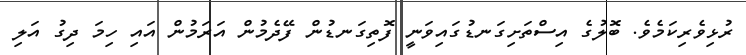
ރުޅިވެރިކަމެވެ. ބޮލުގެ އިސްތަށިގަނޑުގައިވަނީ ފޮތިގަނޑުން ފޭދެމުން އަރަމުން އައި ހިމަ ދިގު އަލި